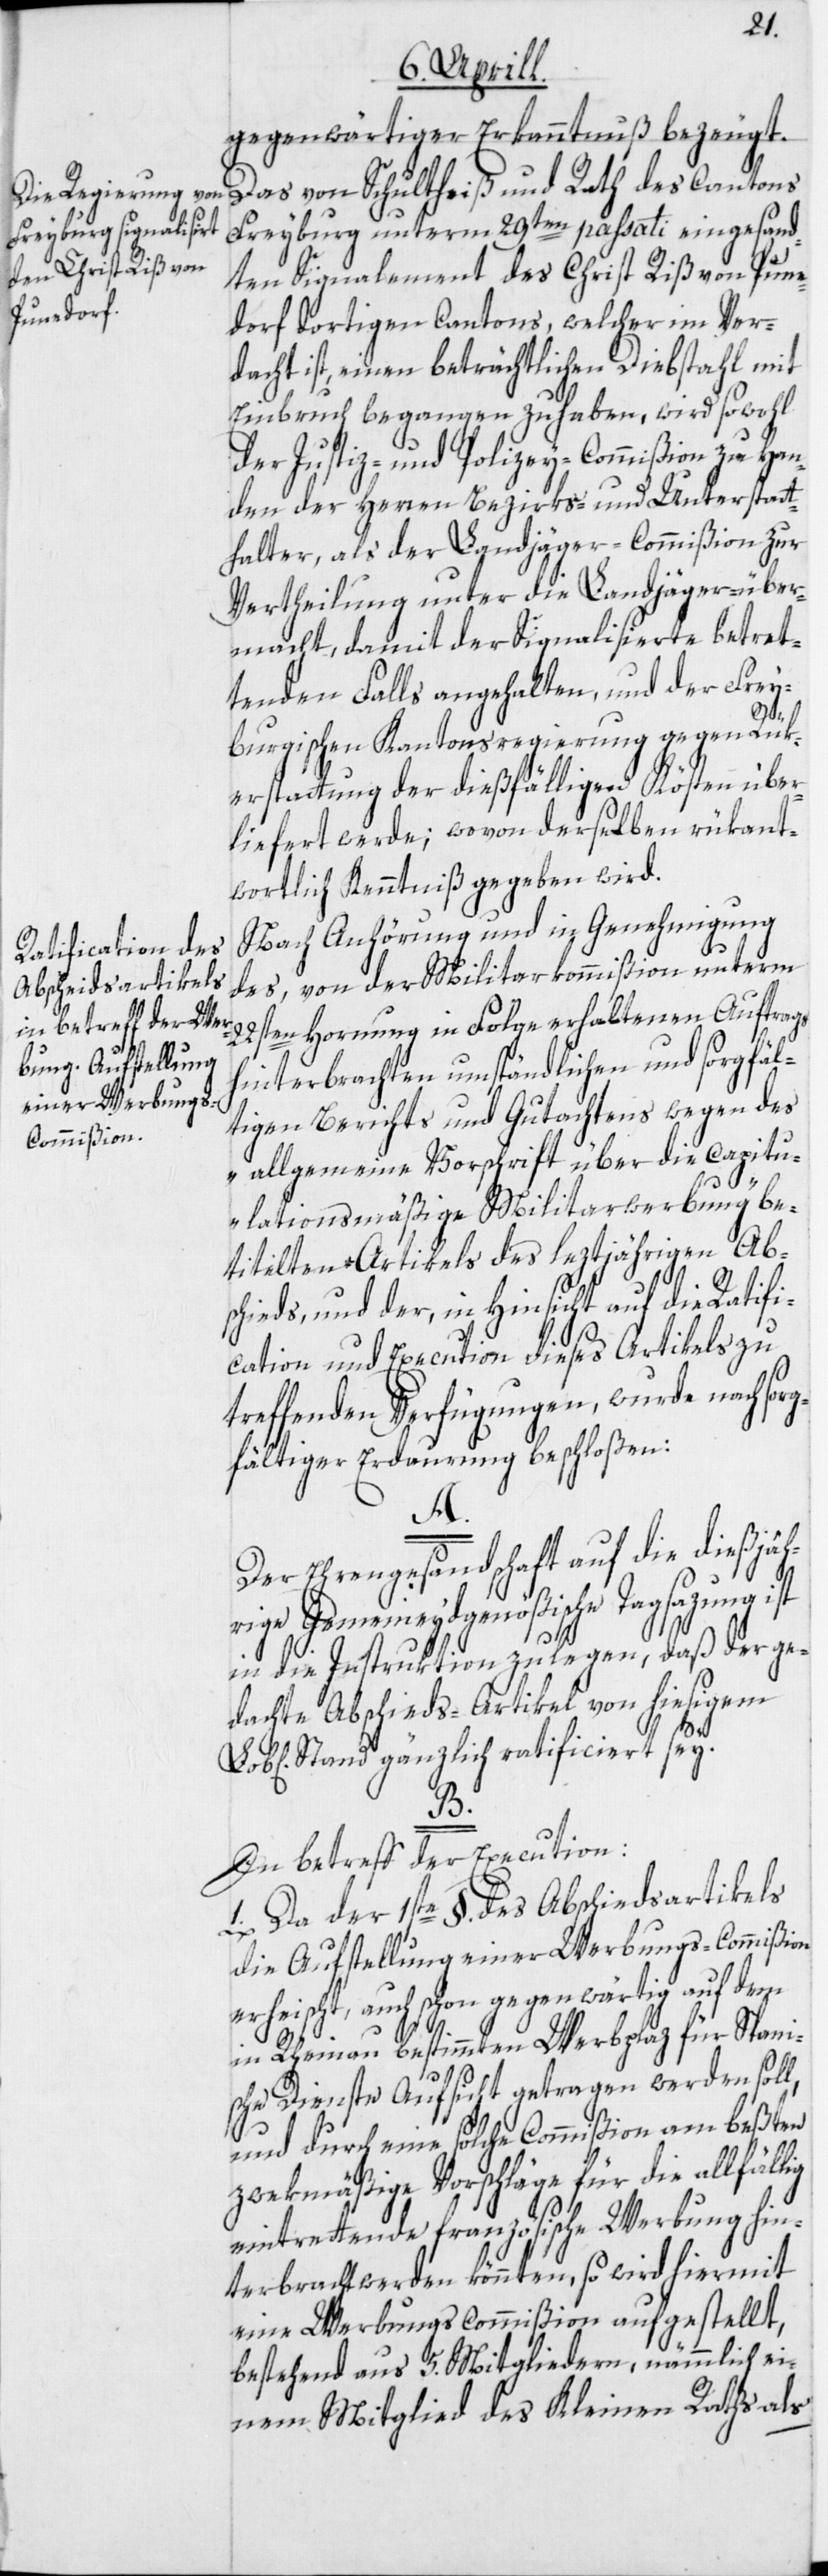
gegenwärtiger Erkanntnuß bezeugt.
Das von Schultheiß und Rath des Cantons
Freyburg unterm 29ten passati eingesand¬
ten Signalement des Christ Riß von Pune¬
dorf dortigen Cantons, welcher im Ver¬
dacht ist, einen beträchtlichen Diebstahl mit
Einbruch begangen zu haben, wird sowohl
der Justiz- und Polizey-Commißion zu Han¬
den der Herren Bezirks- und Unterstatt¬
halter, als der Landjäger-Commißion zur
Vertheilung unter die Landjäger über¬
macht, damit der Signalisierte betret¬
tenden Falls angehalten, und der Frey¬
burgischen Kantonsregierung gegen Rük¬
erstattung der dießfälligen Kösten über¬
liefert werde; wovon derselben rükant¬
wortlich Kenntniß gegeben wird.
Nach Anhörung und in Genehmigung
des, von der Militarkommißion unterm
22sten Hornung in Folge erhaltenen Auftrags
hinterbrachten umständlichen und sorgfäl¬
tigen Berichts und Gutachtens wegen des
„allgemeine Vorschrift über die capitu¬
lationsmäßige Militarwerbung“ be¬
titelten Artikels des leztjährigen Abs¬
chieds, und der, in Hinsicht auf die Ratifi¬
cation und Execution dieses Artikels zu
treffenden Verfügungen, wurde nach sor¬
gfältiger Erdaurung beschloßen:
A.
Der Ehrengesandschaft auf die dießjäh¬
rige Gemeineydgenößische Tagsazung ist
in die Instruktion zu legen, daß der ge¬
dachte Abschieds-Artikel von hiesigem
Stand gänzlich ratificiert sey.
B.
In betreff der Execution:
1. Da der 1ste §. des Abschiedsartikels
die Aufstellung einer Werbungs-Commißion
erheischt, auch schon gegenwärtig auf dem
in Rheinau bestimmten Werbplaz für Spani¬
sche Dienste Aufsicht getragen werden soll,
und durch eine solche Commißion am beßten
zwekmäßige Vorschläge für die allfällig
eintrettende französische Werbung hin¬
terbracht werden könnten, so wird hiermit
eine Werbungscommißion aufgestellt,
bestehend aus 5. Mitgliedern, nämmlich ei¬
nem Mitglied des Kleinen Raths als